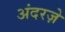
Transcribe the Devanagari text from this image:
अंदरज़े